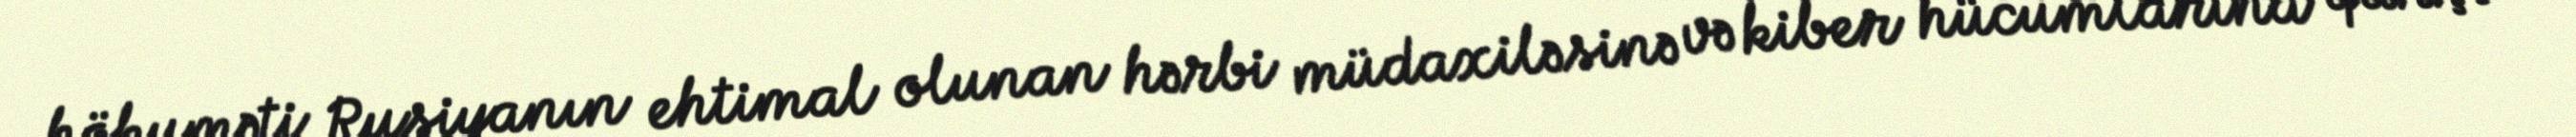
hökuməti Rusiyanın ehtimal olunan hərbi müdaxiləsinə və kiber hücumlarına qarşı